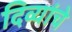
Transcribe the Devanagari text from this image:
दिव्यांचे